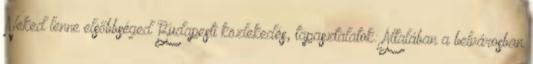
Neked lenne elsőbbséged Budapesti közlekedés, tapasztalatok: Általában a belvárosban